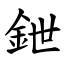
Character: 鉪